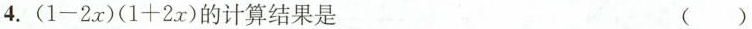
4.$$(1-2x)(1+2x)$$的计算结果是 ( )